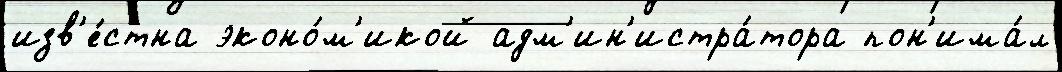
изв'е́стна эконо́м'икой адм'ин'истра́тора пон'има́л